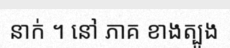
នាក់ ។ នៅ ភាគ ខាងត្បូង